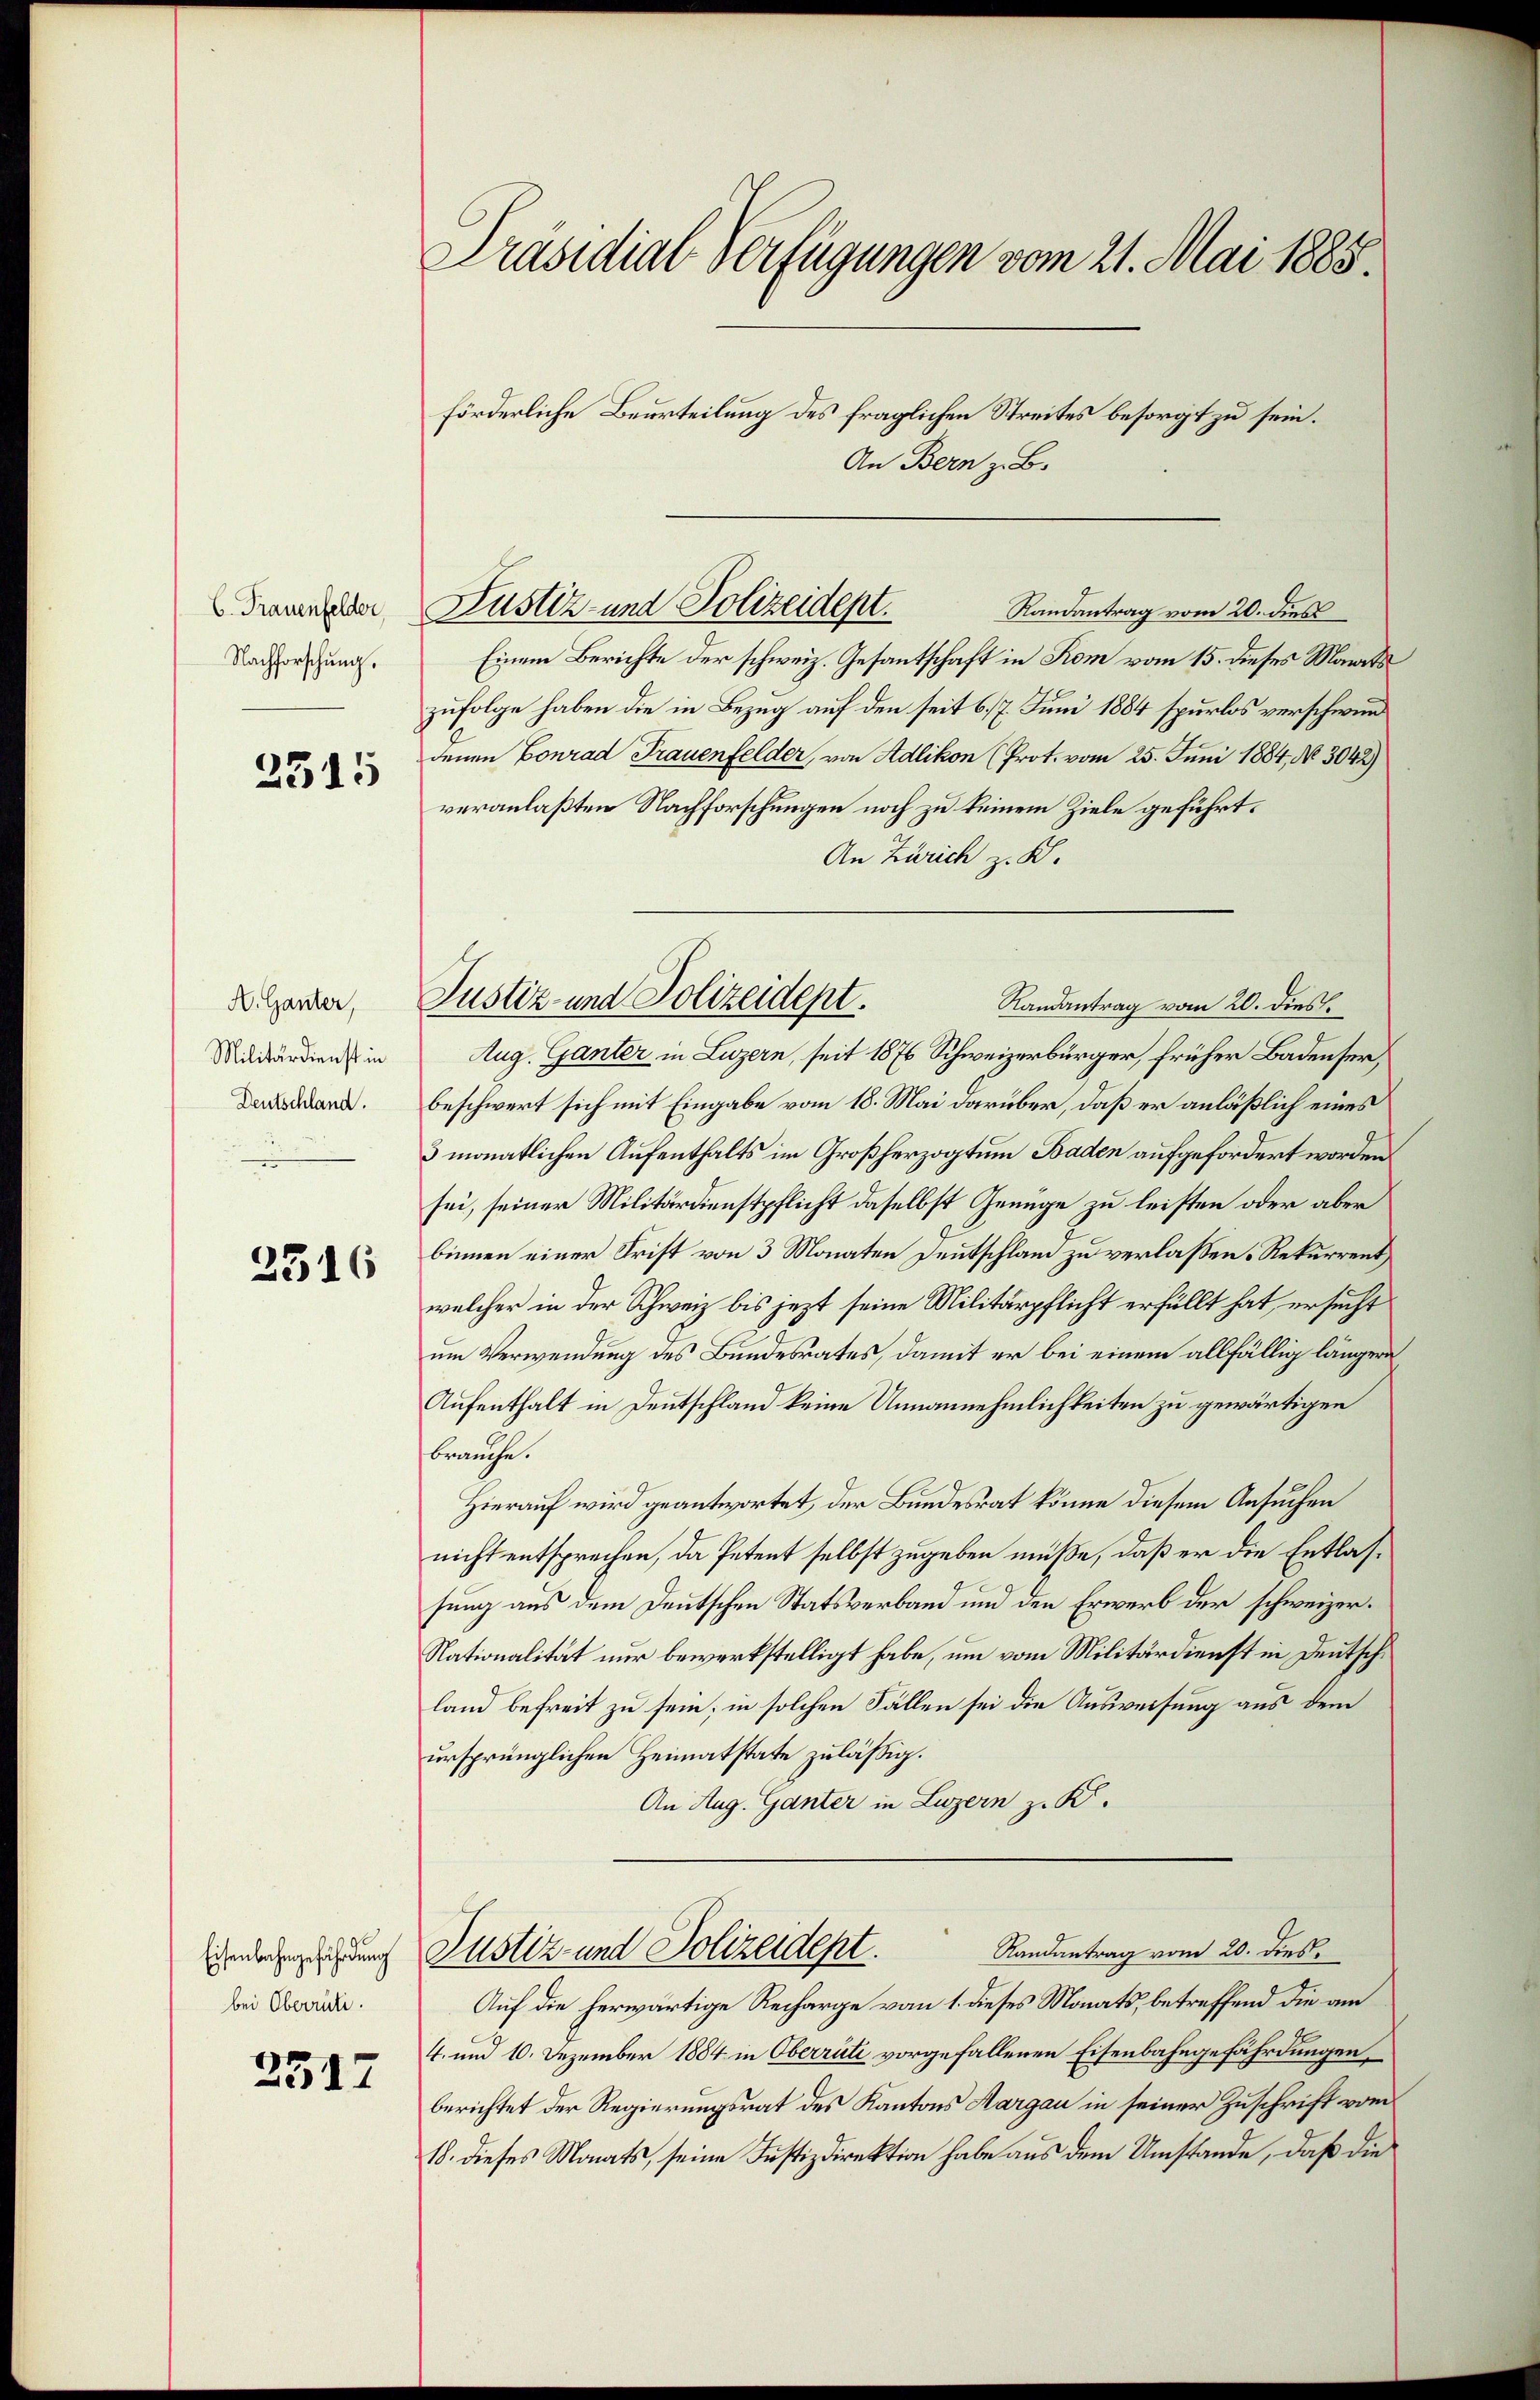
C. Frauenfelder
Nachforschung.

2315

A. Gauter,
Militärdienst in
Deutschland.

2316

Eisenbahngefährdung
bei Oberrich.

2517

Präsidial-Verfügungen vom 21. Mai 1885.
förderliche Beurteilung des fraglichen Streites besorgt zu sein.
An Bern z. B.

Einem Berichte der schweiz. Gesantschaft in Rom vom 15. dieses Monats
zufolge haben die in Bezug auf den seit 617. Juni 1884 spurlos verschwurdenen Conrad Frauenfelder, von Adlikon (Prot. vom 25. Juni 1884, No. 3042)
veranlaßten Nachforschungen noch zu keinem Ziele geführt.
An Zürich z. R.
Aug. Ganter in Luzern, seit 1876 Schweizerbürger, früher Badenser,
beschwert sich mit Eingabe vom 18. Mai darüber, daß er anläßlich eines
3 monatlichen Aufenthalts im Großherzogtum Baden aufgefordert worden
sei, seiner Militärdienstpflicht daselbst Genüge zu leisten oder aber
binnen einer Frist von 3 Monaten Deutschlam zu verlassen. Rekurrent
welcher in der Schweiz bis jezt seine Militärpflicht erfüllt hat, ersucht
um Verwendung des Bundesrates, damit er bei einem allfällig längern
Aufenthalt in Deutschland keine Unnannehmlichkeiten zu gewärtigen
brauche.
Hierauf wird geantwortet, der Bundesrat könne diesem Ansuchen
nicht entsprechen, da Petent selbst zugeben müße, daß er die Entlassung aus dem Deutschen Statsverband und den Erwerb der schweizer¬
Nationalität nur bewerkstelligt habe, um vom Militärdienst in Deutschland befreit zu sein; in solchen Fällen sei die Ausweisung aus dem
ursprünglichen Heimatstate zuläßig.
An Aug. Ganter in Luzern z. K.
Randantrag vom 20. dies
Justiz- und Polizeidept.
Auf die herwärtige Recharge vom 1. dieses Monats, betreffend die am
4. und 10. Dezember 1884 in Oberrüti vorgefallenen Eisenbahngefährdungen
berichtet der Regierungsrat des Kantons Aargau in seiner Zuschrift vom
18. dieses Monats, seine Justizdirektion habe aus dem Umstände, daß die

Justiz- und Polizeidept.
Randantrag vom 20. dies

Justiz und Polizeidept.
Randantrag vom 20. dies